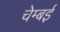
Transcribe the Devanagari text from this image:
चेम्बई